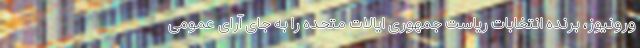
ورونیوز، برنده انتخابات ریاست جمهوری ایالات متحده را به جای آرای عمومی